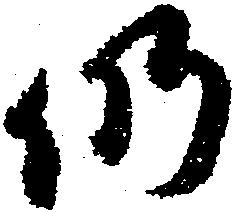
仍